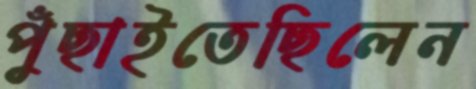
পুঁছাইতেছিলেন